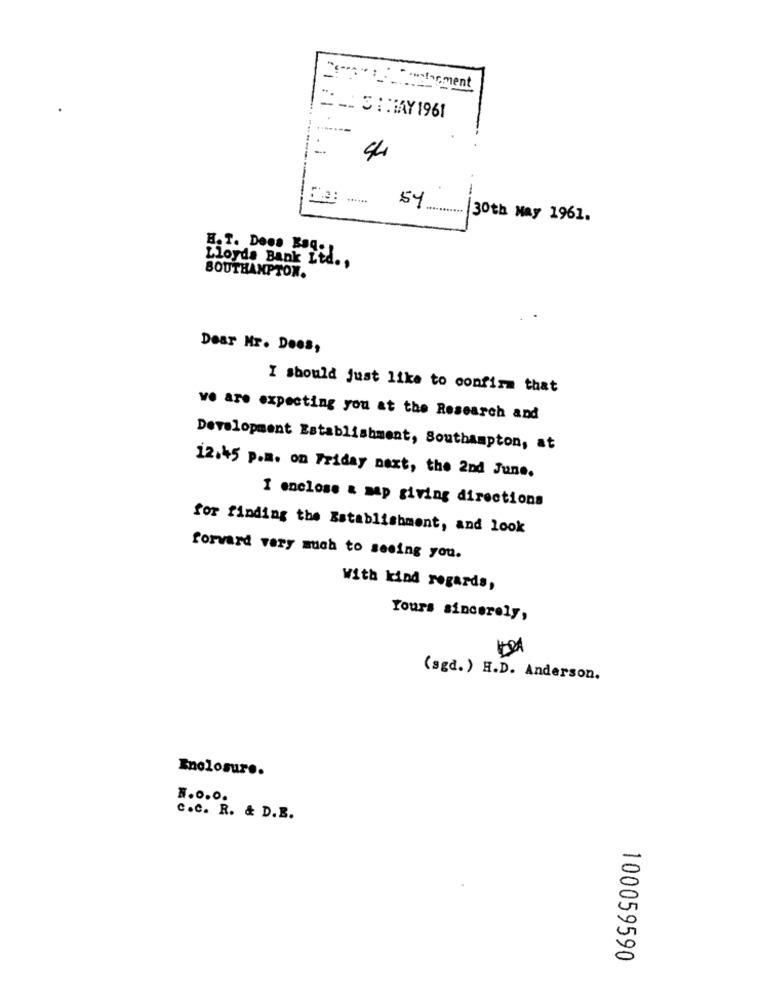
- -. 3 :HAY 1961
-
44
57 ....
--
30th May 1961.
B. T. Does Bag.]
Lloyds Bank Ltd .,
SOUTHAMPTON.
Dear Mr. Does,
I should just like to confirm that
we are expecting you at the Research and
Development Establishment, Southampton, at
12.45 p.m. on Friday next, the 2nd June.
I enclose & map giving directions
for finding the Establishment, and look
forvard very much to seeing you.
with kind regards,
Yours sincerely,
(sgd.) H.D. Anderson.
Enolosure.
F.O.O.
C.C. R. & D.B.
100059590